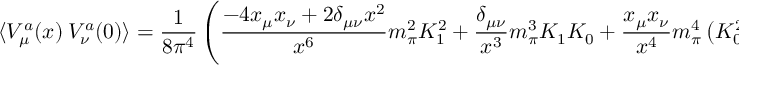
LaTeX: \langle V _ { \mu } ^ { a } ( x ) \ V _ { \nu } ^ { a } ( 0 ) \rangle = { \frac { 1 } { 8 \pi ^ { 4 } } } \left( { \frac { - 4 x _ { \mu } x _ { \nu } + 2 \delta _ { \mu \nu } x ^ { 2 } } { x ^ { 6 } } } m _ { \pi } ^ { 2 } K _ { 1 } ^ { 2 } + { \frac { \delta _ { \mu \nu } } { x ^ { 3 } } } m _ { \pi } ^ { 3 } K _ { 1 } K _ { 0 } + { \frac { x _ { \mu } x _ { \nu } } { x ^ { 4 } } } m _ { \pi } ^ { 4 } \left( K _ { 0 } ^ { 2 } - K _ { 1 } ^ { 2 } \right) + \dots \right)